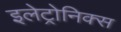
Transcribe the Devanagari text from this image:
इलेट्रोनिक्स